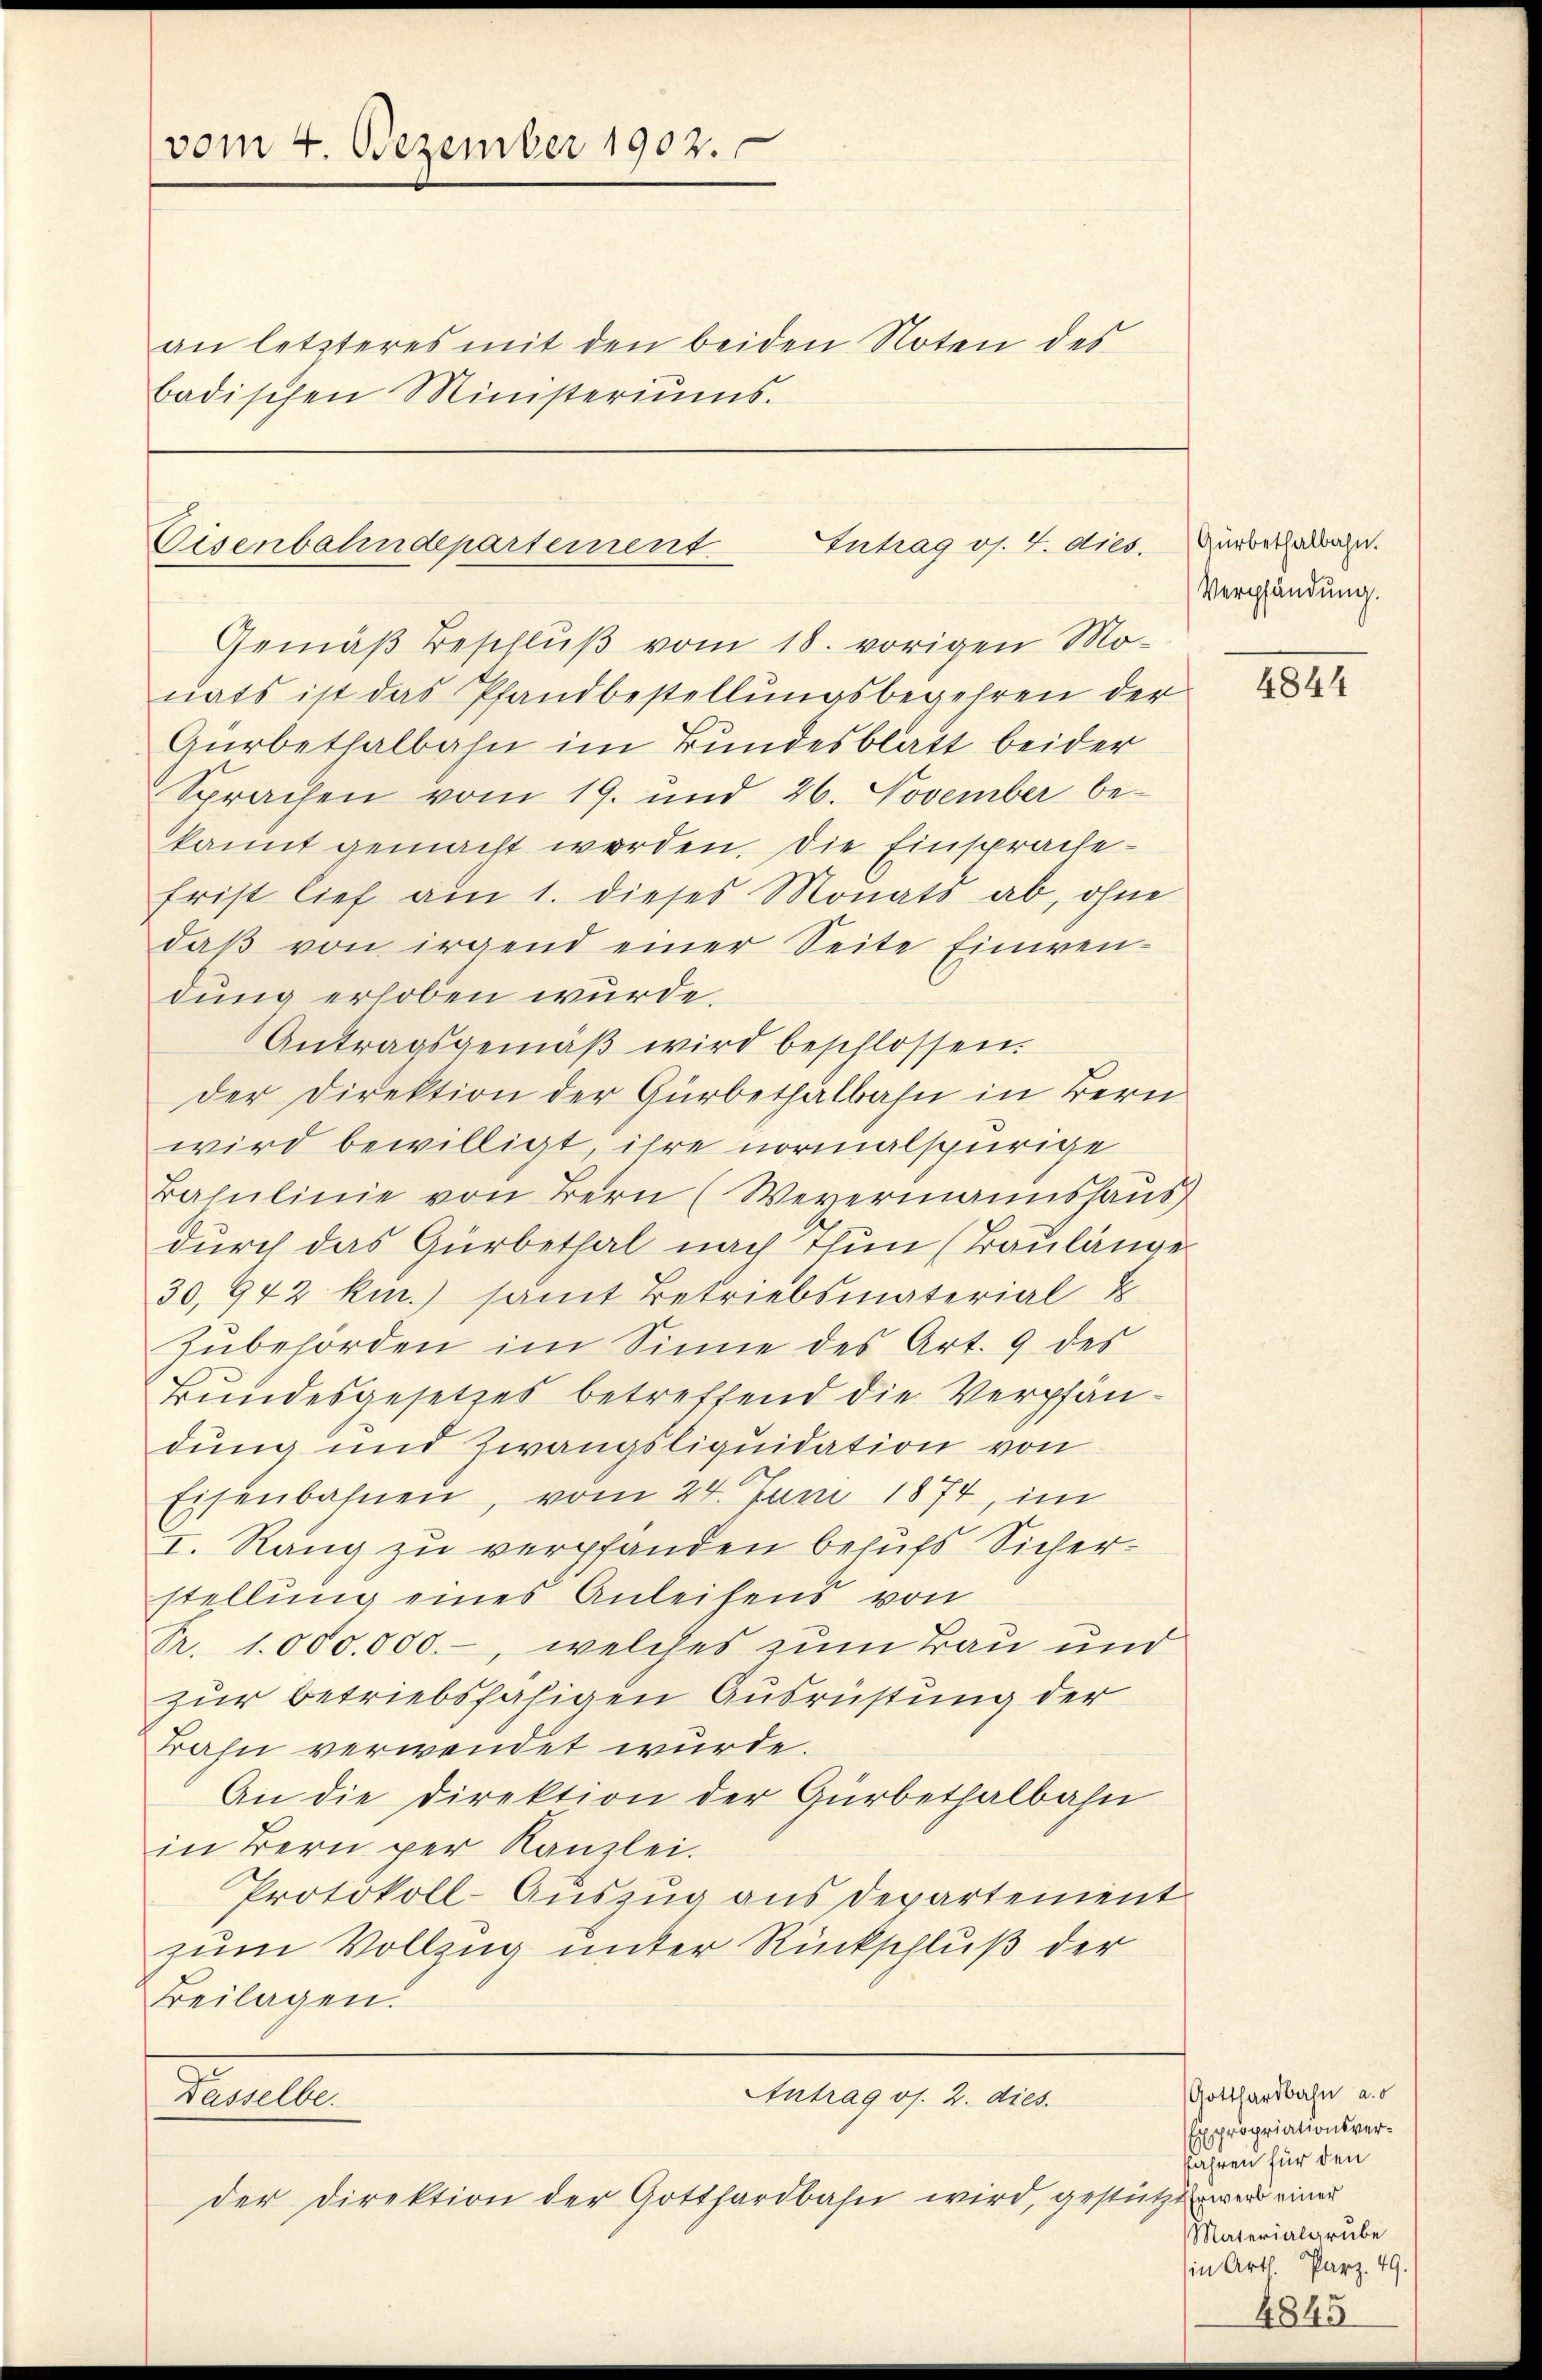
vom 4. Dezember 1902.

an letzteres mit den beiden Noten des
badischen Ministeriŭms.

Eisenbahndepartement.
Intrag os. 4. dies.

Gemäß Beschluß vom 18. vorigen Monats ist das Pfandbestellungsbegehren der
Gürbethalbahn im Bundesblatt beider
Sprachen vom 19. und 26. November be-
kannt gemacht werden. Die Einsprache
frist lief am 1. dieses Monats ab, ohne
daβ von irgend einer Seite Einwen-
dung erhoben wurde.
Antragsgemäβ wird beschlossen.
der Direktion der Gürbethalbahn in Bern
wird bewilligt, ihre normalspurige
Bahnlinie von Bern (Weyermannshaŭs
durch das Gürbethal nach Thun (Baulänge
30,942 km.) samt Betriebsmaterial E
Zubehörden im Sinne des Art. 9 des
Bundesgesetzes betreffend die Verpfändung und Zwangsliquidation von
Eisenbahnen, vom 24. Juni 1874, im
I. Rang zu verpfanden behufs Sicherstellung eines Anleihens von
Fr. 1.000.000.-, welches zum Bau und
zur betriebsfähigen Ausrüstung der
Bahn verwendet wurde.
An die Direktion der Gürbethalbahn
in Bern per Kanzlei.
Protokoll-Auszug aus Departement
zum Vollzug unter Rückschluß der
Beilagen.

Antrag os. 2. dies
Tritte
der Direktion der Gotthardbahn wird, gestützt werd einer

Gürbethalbahn.
Verpfändung.

4844

Gotthardbahn a. o
Expropriationsverfahren für den
Materialgrube
in Art Parz. 49.

4845